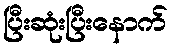
ပြီးဆုံးပြီးနောက်